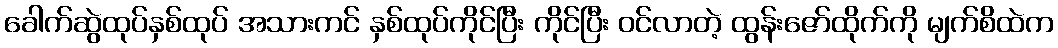
ခေါက်ဆွဲထုပ်နှစ်ထုပ် အသားကင် နှစ်ထုပ်ကိုင်ပြီး ကိုင်ပြီး ဝင်လာတဲ့ ထွန်းဇော်ထိုက်ကို မျက်စိထဲက